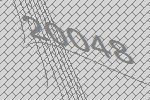
20048